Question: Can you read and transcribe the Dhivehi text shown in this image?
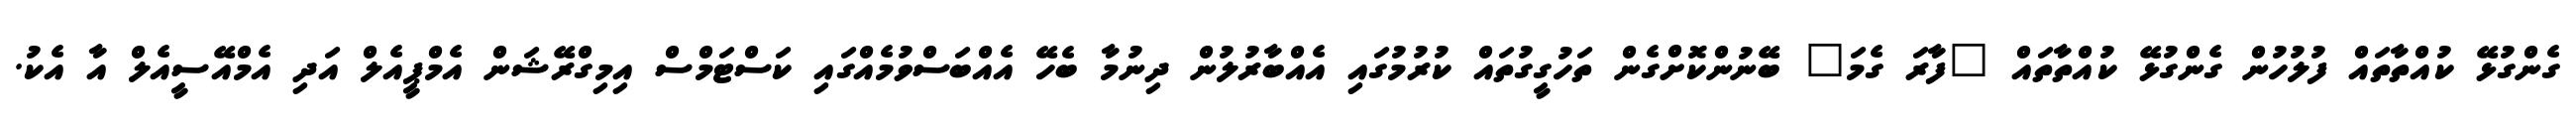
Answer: ގެންގުޅޭ ކުއްތާތައް ފުލުހުން ގެންގުޅޭ ކުއްތާތައް "ފާރަ ގެމަ" ބޭނުންކޮށްގެން ތަހުގީގުތައް ކުރުމުގައި އެއްބާރުލުން ދިނުމާ ބެހޭ އެއްބަސްވުމެއްގައި ކަސްޓަމްސް އިމިގްރޭޝަން އެމްޕީއެލް އަދި އެމްއޭސީއެލް އާ އެކު.